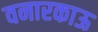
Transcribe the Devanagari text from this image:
वनारकाऊ